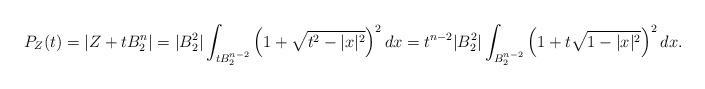
LaTeX: \begin{align*}P_Z(t)=|Z+tB_2^n|= |B_2^2|\int_{tB_2^{n-2}}\left(1+\sqrt{t^2-|x|^2}\right)^{2}dx=t^{n-2} |B_2^{2}|\int_{B_2^{n-2}}\left(1+t\sqrt{1-|x|^2}\right)^{2}dx.\end{align*}